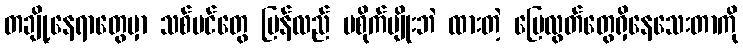
တချို့နေရာတွေမှာ သစ်ပင်တွေ ပြန်လည် မစိုက်ပျိုးဘဲ ထားတဲ့ မြေလွတ်တွေရှိနေသေးတာကို